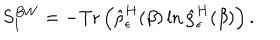
S _ { 1 } ^ { B W } = - \mathrm { T r } \left( \hat { \rho } _ { \epsilon } ^ { H } ( \beta ) \ln \hat { \rho } _ { \epsilon } ^ { H } ( \beta ) \right) .